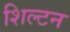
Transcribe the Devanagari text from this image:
शिल्टन